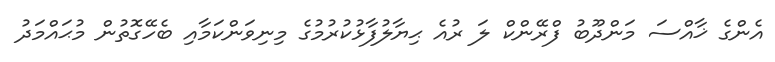
އެންގެ ޚާއްސަ މަންދޫބު ފްްރޭންކް ލަ ރުއެ ޙިޔާލުފާޅުކުރުމުގެ މިނިވަންކަމާއި ބެހޭގޮތުން މުޙައްމަދު